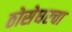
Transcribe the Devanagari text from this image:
ठोसेघरचा